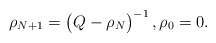
\begin{align*} \rho_{N+1} = \bigl( Q - \rho_N \bigr)^{-1} \,, \rho_0=0.\end{align*}